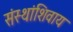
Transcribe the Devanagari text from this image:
संस्थांशिवाय